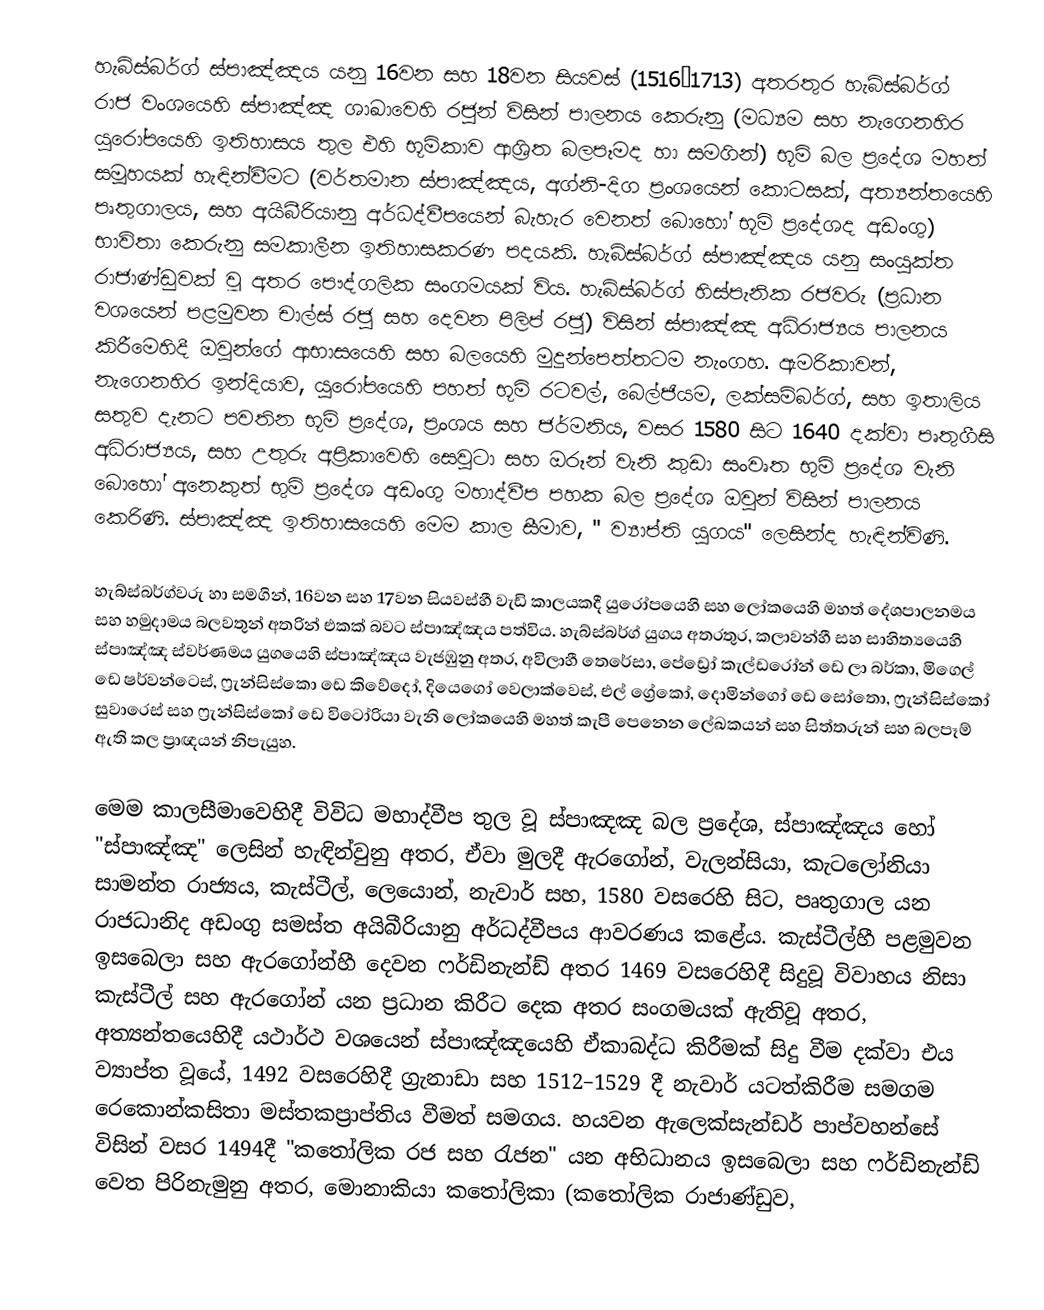
හැබ්ස්බර්ග් ස්පාඤ්ඤය යනු 16වන සහ  18වන සියවස්  (1516–1713) අතරතුර හැබ්ස්බර්ග් රාජ වංශයෙහි  ස්පාඤ්ඤ ශාඛාවෙහි රජුන් විසින් පාලනය කෙරුනු (මධ්‍යම සහ නැගෙනහිර යුරෝපයෙහි ඉතිහාසය තුල එහි භූමිකාව ආශ්‍රිත බලපෑමද හා සමගින්) භූමි බල ප්‍රදේශ මහත් සමූහයක් හැඳින්වීමට (වර්තමාන ස්පාඤ්ඤය, අග්නි-දිග ප්‍රංශයෙන් කොටසක්, අත්‍යන්තයෙහි පෘතුගාලය, සහ අයිබීරියානු අර්ධද්වීපයෙන් බැහැර වෙනත් බොහෝ භූමි ප්‍රදේශද අඩංගු) භාවිතා කෙරුනු සමකාලීන ඉතිහාසකරණ පදයකි. හැබ්ස්බර්ග් ස්පාඤ්ඤය යනු සංයුක්ත රාජාණ්ඩුවක් වූ අතර පෞද්ගලික සංගමයක් විය. හැබ්ස්බර්ග් හිස්පැනික රජවරු (ප්‍රධාන වශයෙන් පළමුවන චාල්ස් රජු සහ දෙවන පිලිප් රජු) විසින් ස්පාඤ්ඤ අධිරාජ්‍යය පාලනය කිරීමෙහිදී ඔවුන්ගේ ආභාසයෙහි සහ බලයෙහි මුදුන්පෙත්තටම නැංගහ. ඇමරිකාවන්,  නැගෙනහිර ඉන්දියාව, යුරෝපයෙහි පහත් භූමි රටවල්, බෙල්ජියම, ලක්සම්බර්ග්, සහ ඉතාලිය සතුව දැනට පවතින භූමි ප්‍රදේශ, ප්‍රංශය සහ ජර්මනිය, වසර 1580 සිට 1640 දක්වා පෘතුගීසි අධිරාජ්‍යය, සහ උතුරු අප්‍රිකාවෙහි සෙවුටා සහ ඔරූන් වැනි කුඩා සංවෘත භුමි ප්‍රදේශ වැනි බොහෝ අනෙකුත් භුමි ප්‍රදේශ අඩංගු මහාද්වීප පහක බල ප්‍රදේශ ඔවුන් විසින් පාලනය කෙරිණි. ස්පාඤ්ඤ ඉතිහාසයෙහි මෙම කාල සීමාව, " ව්‍යාප්ති යුගය" ලෙසින්ද හැඳින්විණි.

හැබ්ස්බර්ග්වරු හා සමගින්, 16වන සහ 17වන සියවස්හී වැඩි කාලයකදී යුරෝපයෙහි සහ ලෝකයෙහි මහත් දේශපාලනමය සහ හමුදාමය බලවතුන් අතරින් එකක් බවට ස්පාඤ්ඤය පත්විය. හැබ්ස්බර්ග් යුගය අතරතුර, කලාවන්හී සහ සාහිත්‍යයෙහි  ස්පාඤ්ඤ ස්වර්ණමය යුගයෙහි ස්පාඤ්ඤය වැජඹුනු අතර, අවිලාහී තෙරේසා, පේඩ්‍රෝ කැල්ඩරෝන් ඩෙ ලා බර්කා, මිගෙල් ඩෙ ෂර්වන්ටෙස්, ෆ්‍රැන්සිස්කො ඩෙ කිවේදෝ, දියෙගෝ වෙලාක්වෙස්, එල් ග්‍රේකෝ, දොමින්ගෝ ඩෙ සෝතො, ෆ්‍රැන්සිස්කෝ සුවාරෙස් සහ ෆ්‍රැන්සිස්කෝ ඩෙ විටෝරියා වැනි  ලෝකයෙහි මහත් කැපී පෙනෙන	 ලේඛකයන් සහ සිත්තරුන් සහ බලපෑම් ඇති කල ප්‍රාඥයන් නිපැයුහ.

මෙම කාලසීමාවෙහිදී විවිධ මහාද්වීප තුල වූ ස්පාඤඤ බල ප්‍රදේශ, ස්පාඤ්ඤය හෝ "ස්පාඤ්ඤ" ලෙසින් හැඳින්වුනු අතර, ඒවා මුලදී  ඇරගෝන්,  වැලන්සියා, කැටලෝනියා සාමන්ත රාජ්‍යය, කැස්ටීල්, ලෙයොන්, නැවාර් සහ, 1580 වසරෙහි සිට, පෘතුගාල යන රාජධානිද අඩංගු සමස්ත අයිබීරියානු අර්ධද්වීපය ආවරණය කළේය. කැස්ටීල්හී පළමුවන ඉසබෙලා සහ ඇරගෝන්හී දෙවන ෆර්ඩිනැන්ඩ් අතර 1469 වසරෙහිදී සිදුවූ විවාහය නිසා කැස්ටීල් සහ ඇරගෝන් යන ප්‍රධාන කිරීට දෙක අතර සංගමයක් ඇතිවූ අතර, අත්‍යන්තයෙහිදී යථාර්ථ වශයෙන් ස්පාඤ්ඤයෙහි ඒකාබද්ධ කිරීමක් සිදු වීම දක්වා එය ව්‍යාප්ත වූයේ, 1492 වසරෙහිදී ග්‍රැනාඩා සහ 1512–1529 දී නැවාර් යටත්කිරීම සමගම රෙකොන්කසිතා මස්තකප්‍රාප්තිය වීමත් සමගය. හයවන ඇලෙක්සැන්ඩර් පාප්වහන්සේ විසින් වසර 1494දී "කතෝලික රජ සහ රැජන" යන අභිධානය ඉසබෙලා සහ ෆර්ඩිනැන්ඩ් වෙත පිරිනැමුනු අතර, මොනාකියා කතෝලිකා (කතෝලික රාජාණ්ඩුව,